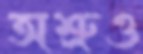
অশ্রুও